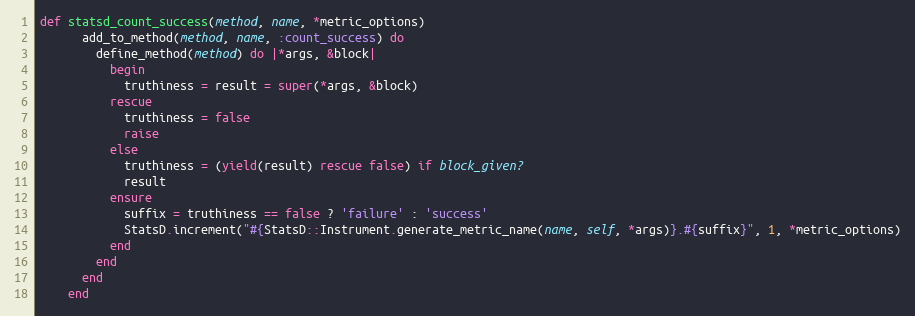
Language: Ruby
def statsd_count_success(method, name, *metric_options)
      add_to_method(method, name, :count_success) do
        define_method(method) do |*args, &block|
          begin
            truthiness = result = super(*args, &block)
          rescue
            truthiness = false
            raise
          else
            truthiness = (yield(result) rescue false) if block_given?
            result
          ensure
            suffix = truthiness == false ? 'failure' : 'success'
            StatsD.increment("#{StatsD::Instrument.generate_metric_name(name, self, *args)}.#{suffix}", 1, *metric_options)
          end
        end
      end
    end